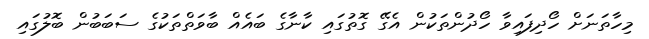
މިހާތަނަށް ހޯދިފައިވާ ހޯދުންތަކުން އެގޭ ގޮތުގައި ކާނާގެ ބައެއް ބާވަތްތަކުގެ ސަބަބުން ބޮލުގައި